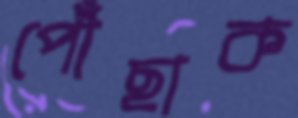
পৌঁছাক